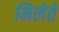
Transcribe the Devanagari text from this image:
मिलेते